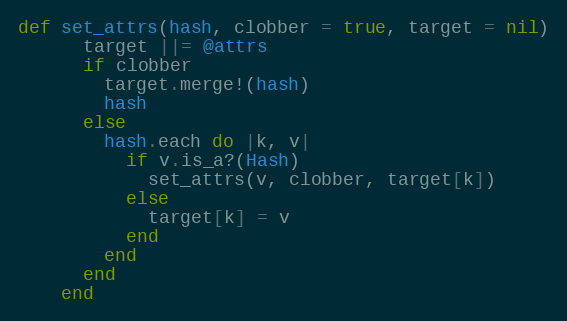
Language: Ruby
def set_attrs(hash, clobber = true, target = nil)
      target ||= @attrs
      if clobber
        target.merge!(hash)
        hash
      else
        hash.each do |k, v|
          if v.is_a?(Hash)
            set_attrs(v, clobber, target[k])
          else
            target[k] = v
          end
        end
      end
    end